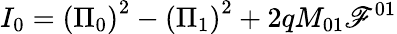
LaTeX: I_{0}=\left(\Pi_{0}\right)^{2}-\left(\Pi_{1}\right)^{2}+2qM_{01}\mathscr{F}^{01}